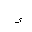
Letter: _hamza